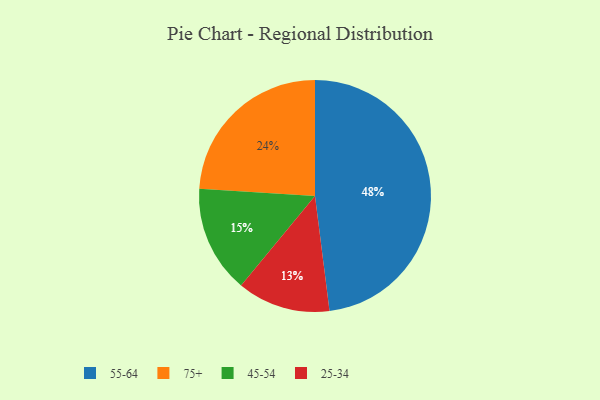
{"axis": {"x": "Category", "y": "Percentage"}, "legend": ["25-34", "45-54", "55-64", "75+"], "data": [{"x": "55-64", "y": 48, "type": "55-64"}, {"x": "45-54", "y": 15, "type": "45-54"}, {"x": "75+", "y": 24, "type": "75+"}, {"x": "25-34", "y": 13, "type": "25-34"}]}